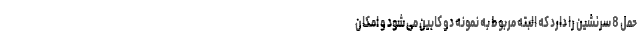
حمل 8 سرنشین را دارد که البته مربوط به نمونه دو کابین می شود و امکان